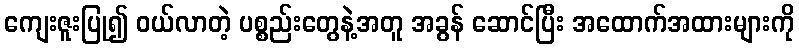
ကျေးဇူးပြု၍ ဝယ်လာတဲ့ ပစ္စည်းတွေနဲ့အတူ အခွန် ဆောင်ပြီး အထောက်အထားများကို